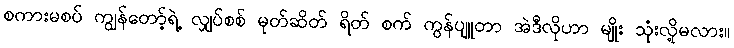
စကားမစပ် ကျွန်တော့်ရဲ့ လျှပ်စစ် မုတ်ဆိတ် ရိတ် စက် ကွန်ပျူတာ အဲဒီလိုဟာ မျိုး သုံးလို့မလား။